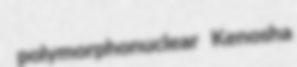
polymorphonuclear Kenosha